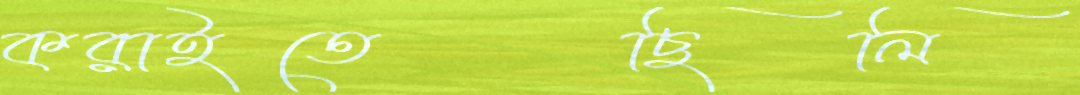
করাইতেছিলি